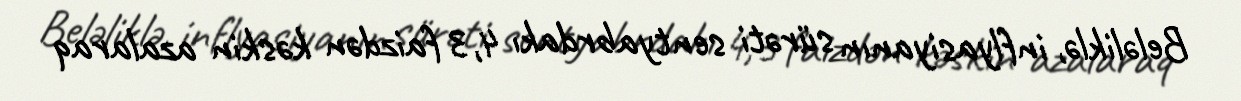
Beləliklə, inflyasiyanın sürəti sentyabrdakı 4,3 faizdən kəskin azalaraq